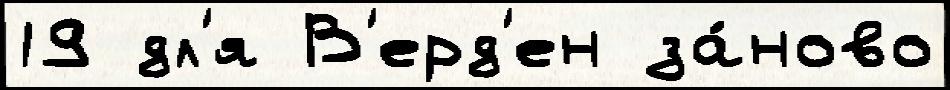
19 дл'я В'ерд'ен за́ново